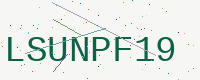
Text: LSUNPF19